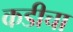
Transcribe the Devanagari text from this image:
कडीचा